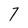
Character: 7